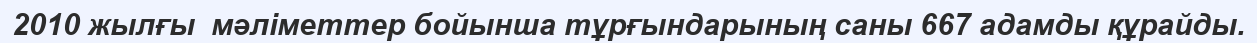
2010 жылғы  мәліметтер бойынша тұрғындарының саны 667 адамды құрайды.